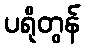
ပရိုတွန်